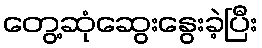
တွေ့ဆုံဆွေးနွေးခဲ့ပြီး